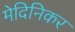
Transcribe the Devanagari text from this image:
मेदिनिकर